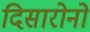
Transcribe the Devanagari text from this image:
दिसारोनो